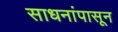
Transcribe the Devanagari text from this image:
साधनांपासून